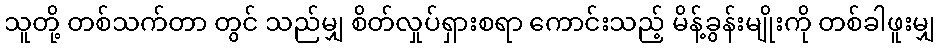
သူတို့ တစ်သက်တာ တွင် သည်မျှ စိတ်လှုပ်ရှားစရာ ကောင်းသည့် မိန့်ခွန်းမျိုးကို တစ်ခါဖူးမျှ